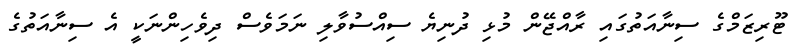
ޓޫރިޒަމްގެ ސިނާއަތުގައި ރާއްޖޭން މުޅި ދުނިޔެ ސިއްސުވާލި ނަމަވެސް ދިވެހިންނަކީ އެ ސިނާއަތުގެ